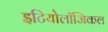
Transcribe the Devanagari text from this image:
इटियोलॉजिकल